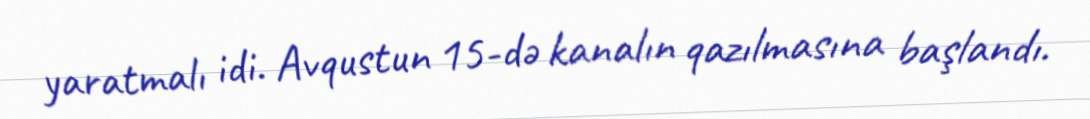
yaratmalı idi. Avqustun 15-də kanalın qazılmasına başlandı.